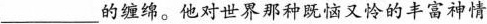
___的缠绵。他对世界那种既恼又怜的丰富神情